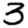
Digit: 3